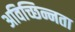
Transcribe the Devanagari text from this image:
अविच्छिन्नता